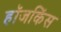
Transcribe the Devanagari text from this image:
हॉजकिंस